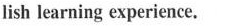
lish learning experience.